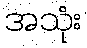
အသုံး